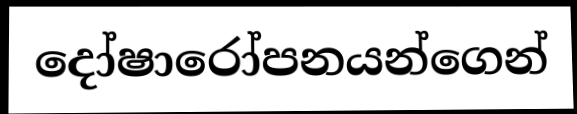
දෝෂාරෝපනයන්ගෙන්